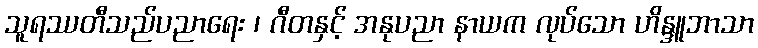
သူရဿတီသည်ပညာရေး ၊ ဂီတနှင့် အနုပညာ နာယက လုပ်သော ဟိန္ဒူဘာသာ